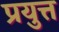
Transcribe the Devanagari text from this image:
प्रयुत्त